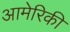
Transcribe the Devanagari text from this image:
आमेरिकी